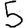
Digit: 5